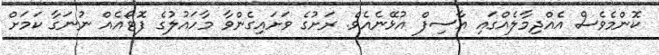
ކޮންމެވެސް އެއްދިމާލެއްގައި އާސިފް އުޅޭނެއެވެ. ރަށުގެ ވަށައިގެންވާ މާހައުލުގެ ފޮޓޯއެއް ނުނަގާ ކަމަށް